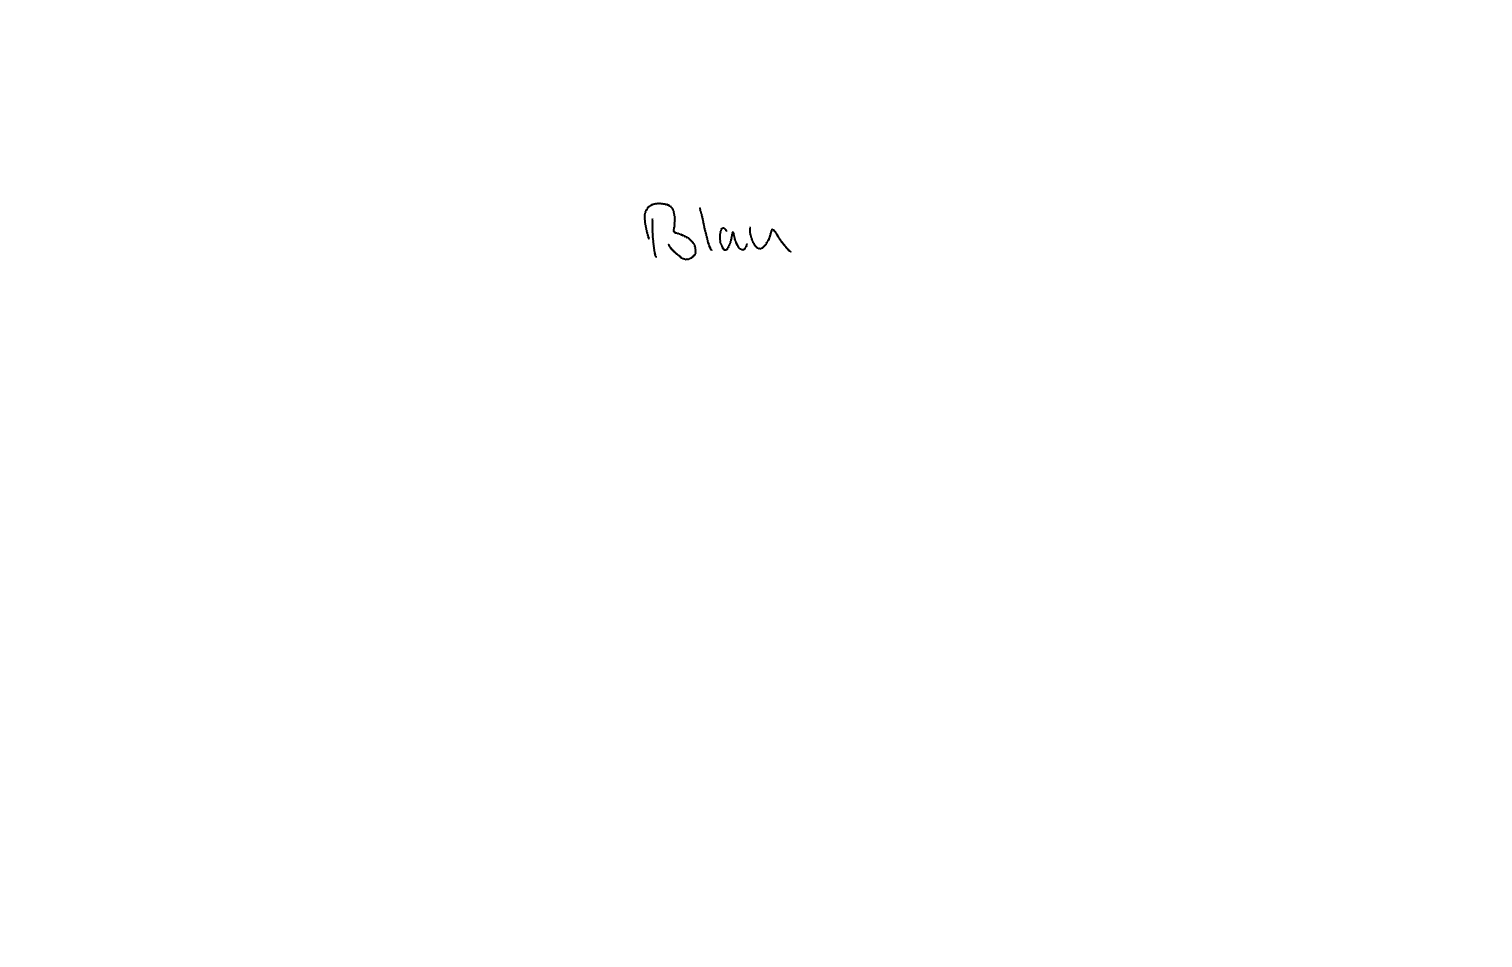
Text: Blau